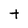
Character: t